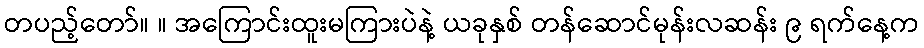
တပည့်တော်။ ။ အကြောင်းထူးမကြားပဲနဲ့ ယခုနှစ် တန်ဆောင်မုန်းလဆန်း ၉ ရက်နေ့က